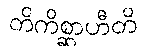
တိကိစ္ဆာဟီတိ